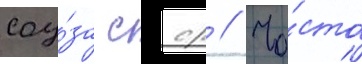
соу́за сср // Ча́сто